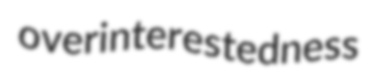
overinterestedness